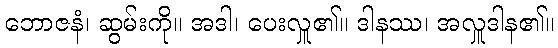
ဘောဇနံ၊ ဆွမ်းကို။ အဒါ၊ ပေးလှူ၏။ ဒါနဿ၊ အလှူဒါန၏။